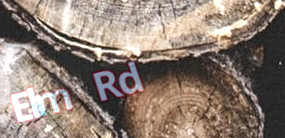
Elm Rd